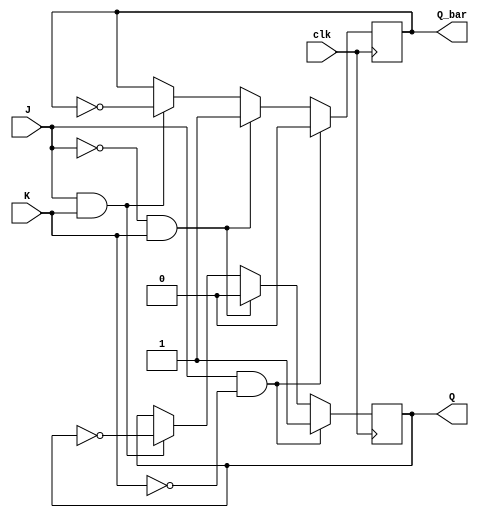
module JKFlipFlop (
    input J, // J input
    input K, // K input
    input clk, // clock input
    output reg Q, // output Q
    output reg Q_bar // complement of Q
);

always @ (posedge clk) begin
    if (J && ~K) begin
        Q <= 1;
        Q_bar <= 0;
    end else if (~J && K) begin
        Q <= 0;
        Q_bar <= 1;
    end else if (J && K) begin
        Q <= ~Q;
        Q_bar <= ~Q_bar;
    end
end

endmodule